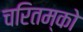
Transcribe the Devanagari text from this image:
चरितम्को